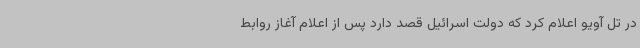
در تل آویو اعلام کرد که دولت اسرائیل قصد دارد پس از اعلام آغاز روابط